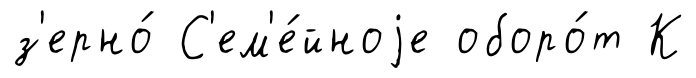
з'ерно́ С'ем'е́йноjе оборо́т К